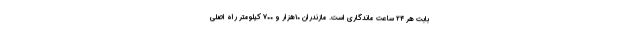
بابت هر ۲۴ ساعت ماندگاری است. مازندران ۱۰هزار و ۷۰۰ کیلومتر راه اصلی